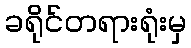
ခရိုင်တရားရုံးမှ